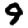
Digit: 9